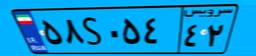
۰۰S۰۸۸۶۶